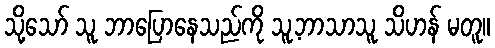
သို့သော် သူ ဘာပြောနေသည်ကို သူ့ဘာသာသူ သိဟန် မတူ။